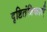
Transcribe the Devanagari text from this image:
दृष्टितंत्रिकाएँ